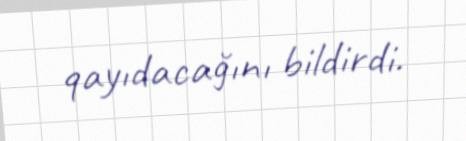
qayıdacağını bildirdi.